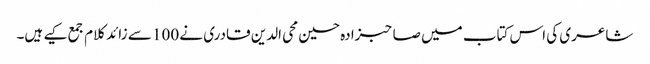
شاعری کی اس کتاب میں صاحبزادہ حسین محی الدین قادری نے 100 سے زائد کلام جمع کیے ہیں۔